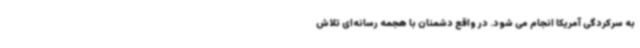
به سرکردگی آمریکا انجام می شود. در واقع دشمنان با هجمه رسانه‌ای تلاش